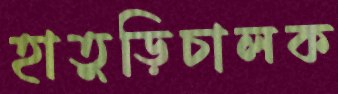
হাতুড়িচালক